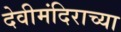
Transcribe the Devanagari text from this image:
देवीमंदिराच्या